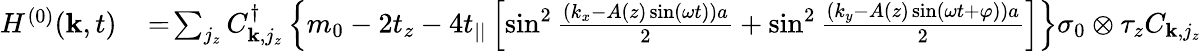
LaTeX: \begin{array}{rl}{H^{(0)}({\mathbf k},t)}&{{}\! =\! \sum_{j_{z}}C_{{\mathbf k},j_{z}}^{\dagger}\left\{ m_{0}-2t_{z}-4t_{||}\left[\sin^{2}\frac{\left(k_{x}-A(z)\sin(\omega t)\right)a}{2}+\sin^{2}\frac{\left(k_{y}-A(z)\sin(\omega t+\varphi)\right)a}{2}\right]\right\} \sigma_{0}\otimes\tau_{z}C_{{\mathbf k},j_{z}}}\end{array}